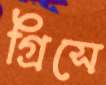
গ্রিসে